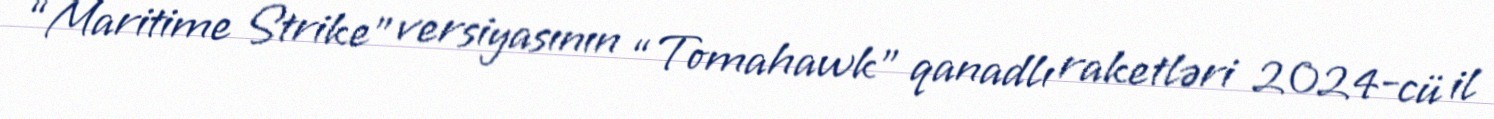
“Maritime Strike” versiyasının “Tomahawk” qanadlı raketləri 2024-cü il